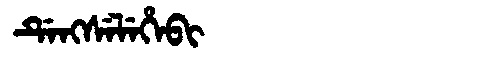
Manchu: ᡩᡝᠩᠰᡝᠯᡝᡥᡝᠪᡳ
Romanization: DENGSELEHEBI